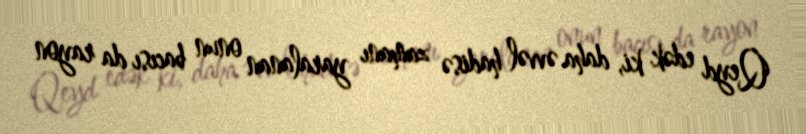
Qeyd edək ki, daha əvvəl hadisə zamanı yaralanan onun bacısı da rayon